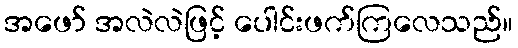
အဖော် အလဲလဲဖြင့် ပေါင်းဖက်ကြလေသည်။